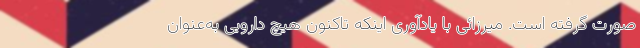
صورت گرفته است. میرزائی با یادآوری اینکه تاکنون هیچ دارویی به‌عنوان